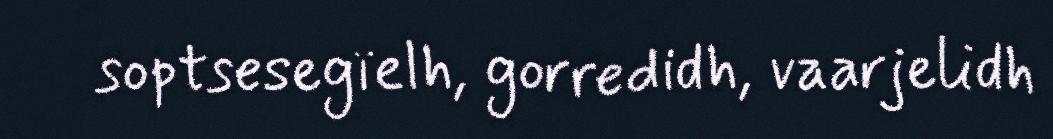
soptsesegïelh, gorredidh, vaarjelidh